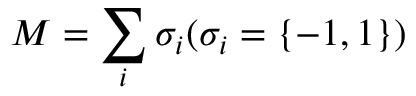
M = \sum _ { i } \sigma _ { i } ( \sigma _ { i } = \{ - 1 , 1 \} )